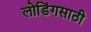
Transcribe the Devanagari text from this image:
लोडिंगसाठी